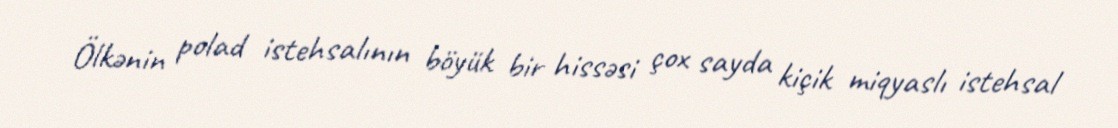
Ölkənin polad istehsalının böyük bir hissəsi çox sayda kiçik miqyaslı istehsal